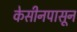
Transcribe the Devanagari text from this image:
केसीनपासून